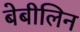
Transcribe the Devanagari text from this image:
बेबीलिन